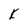
Character: k